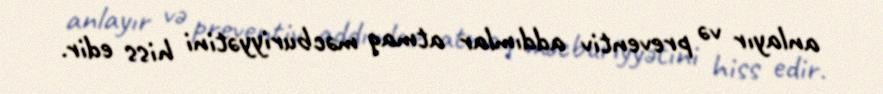
anlayır və preventiv addımlar atmaq məcburiyyətini hiss edir.